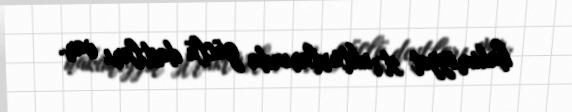
hakimiyyət strukturlarında güclü dostları var.